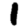
Digit: 1